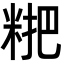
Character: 𥺕